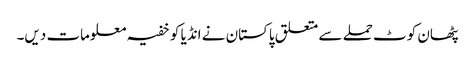
پٹھان کوٹ حملے سے متعلق پاکستان نے انڈیا کو خفیہ معلومات دیں۔